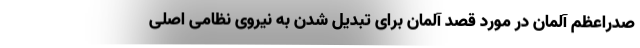
صدراعظم آلمان در مورد قصد آلمان برای تبدیل شدن به نیروی نظامی اصلی